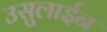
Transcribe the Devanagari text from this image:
उसुलाईन